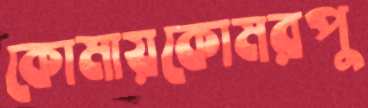
কোমায়কোমরপু